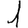
Digit: 1